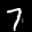
Label: 7